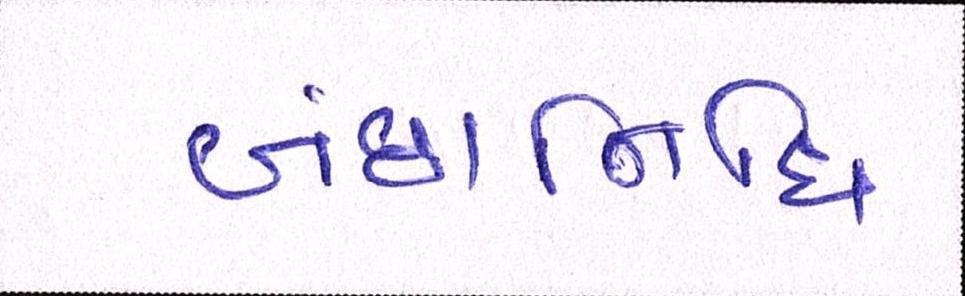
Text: બંછાનિધિ